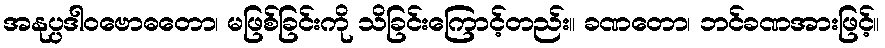
အနုပ္ပဒါဝဗောဓတော၊ မဖြစ်ခြင်းကို သိခြင်းကြောင့်တည်း။ ခဏတော၊ ဘင်ခဏအားဖြင့်။